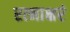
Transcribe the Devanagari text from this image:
रत्‍नाक्षरं